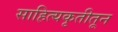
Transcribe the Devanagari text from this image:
साहित्यकृतीतून